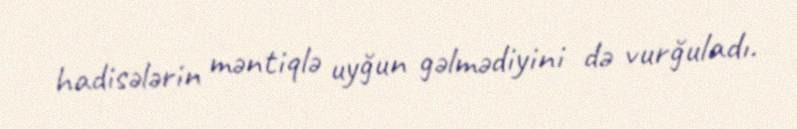
hadisələrin məntiqlə uyğun gəlmədiyini də vurğuladı.